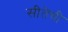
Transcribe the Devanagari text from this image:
सीतॆची